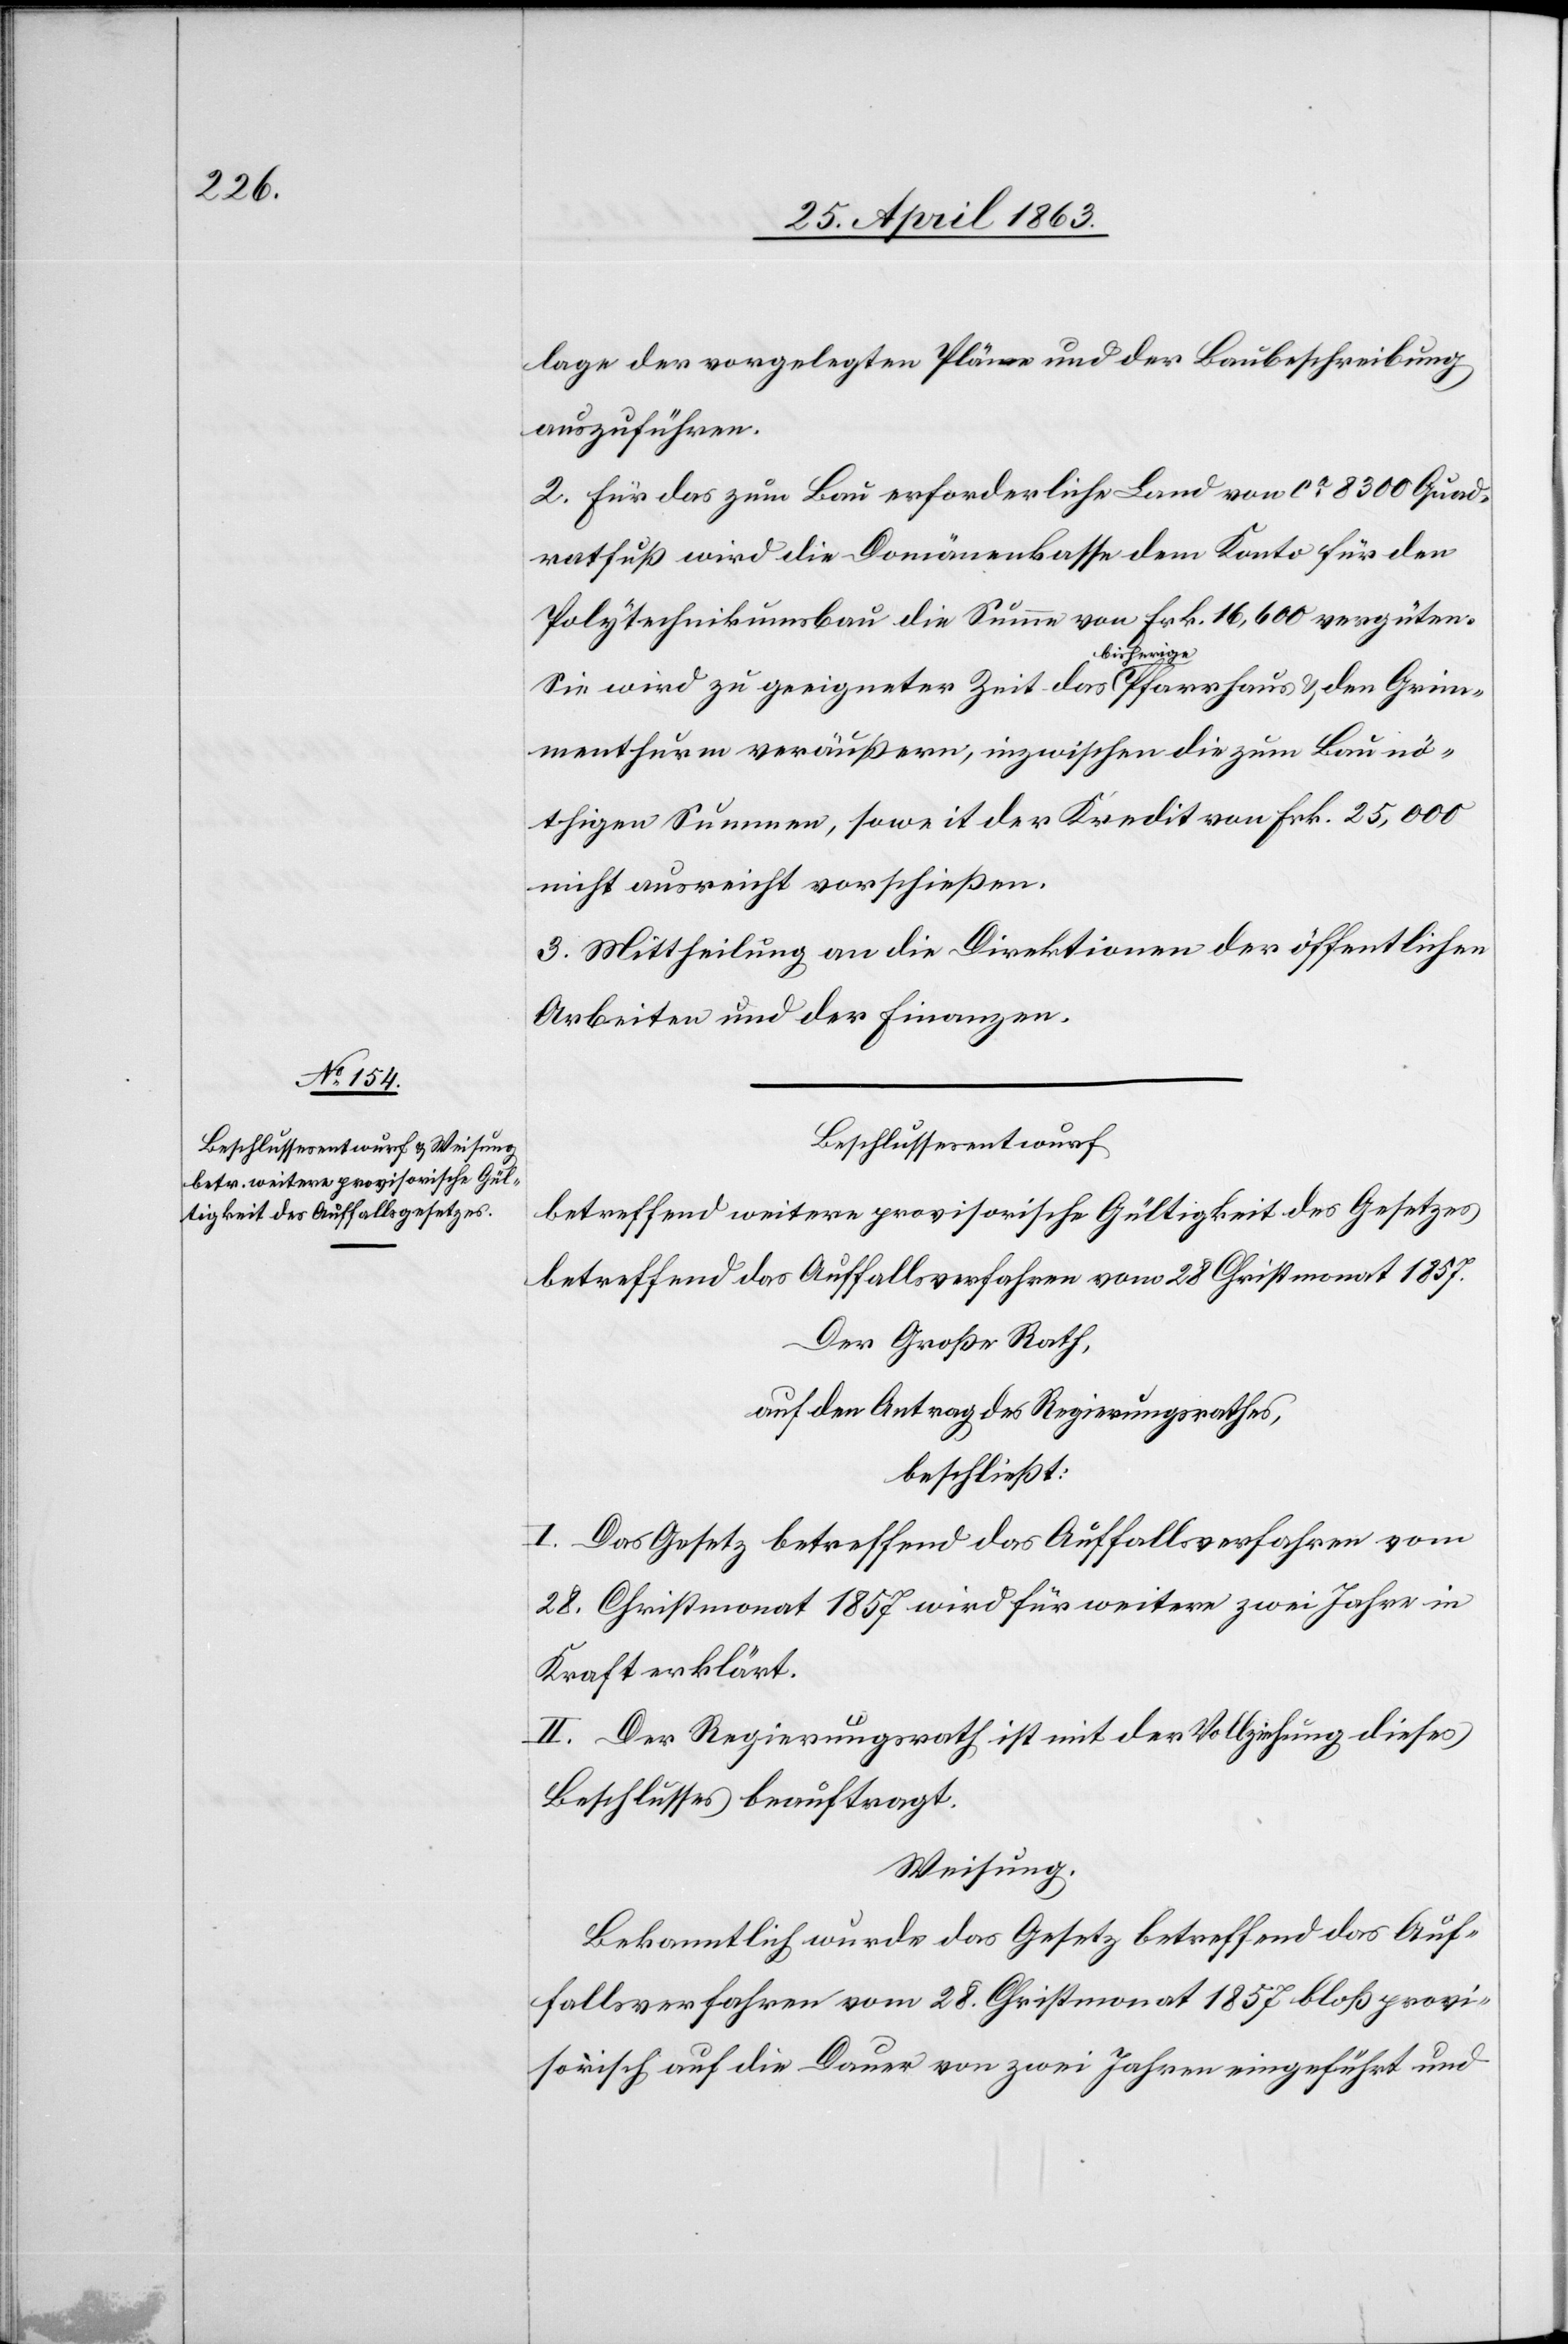
lage der vorgelegten Pläne und der Baubeschreibung
auszuführen.
2. Für das zum Bau erforderliche Land von ca 8300 Quad¬
ratfuß wird die Domänenkasse dem Konto für den
Polytechnikumsbau die Summe von Frk. 16,600 vergüten.
Sie wird zu geeigneter Zeit das a-bisherige-a Pfarrhaus & den Grim¬
menthurm veräußern, inzwischen die zum Bau nö¬
thigen Summen, soweit der Kredit von Frk. 25,000
nicht ausreicht vorschießen.
3. Mittheilung an die Direktionen der öffentlichen
Arbeiten und der Finanzen.
Beschlussesentwurf
betreffend weitere provisorische Gültigkeit des Gesetzes
betreffend das Auffallsverfahren vom 28 Christmonat 1857.
Der Große Rath,
auf den Antrag des Regierungsrathes,
beschließt:
I. Das Gesetz betreffend das Auffallsverfahren vom
28. Christmonat 1857 wird für weitere zwei Jahre in
Kraft erklärt.
II. Der Regierungsrath ist mit der Vollziehung dieses
Beschlusses beauftragt.
Weisung.
Bekanntlich wurde das Gesetz betreffend das Auf¬
fallsverfahren vom 28. Christmonat 1857 bloß provi¬
sorisch auf die Dauer von zwei Jahren eingeführt und